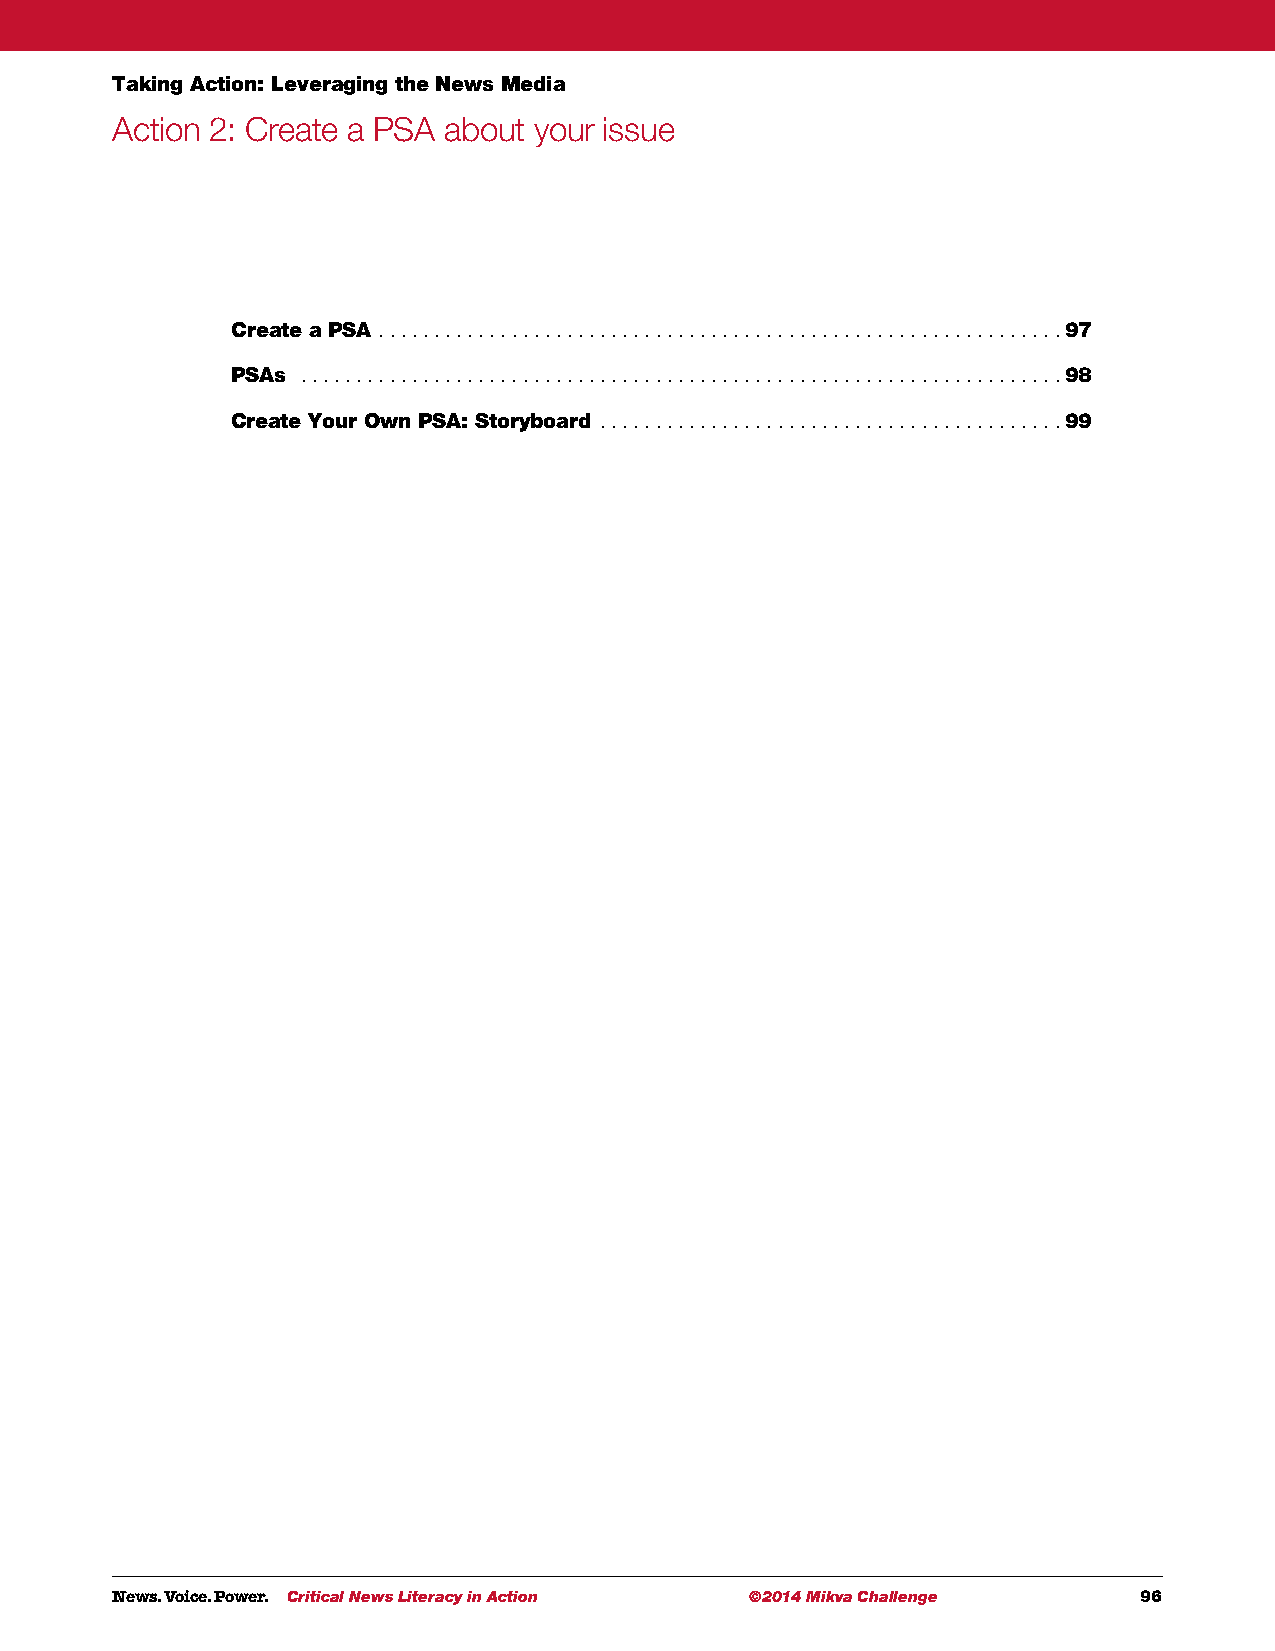
Taking Action: Leveraging the News Media
 Action 2: Create a PSA about your issue
 Create a PSA  . . . . . . . . . . . . . . . . . . . . . . . . . . . . . . . . . . . . . . . . . . . . . . . . . . . . . . . . . . . . . . 97
 PSAs  .  . . . . . . . . . . . . . . . . . . . . . . . . . . . . . . . . . . . . . . . . . . . . . . . . . . . . . . . . . . . . . . . . . . . . 98
 Create Your Own PSA: Storyboard  . . . . . . . . . . . . . . . . . . . . . . . . . . . . . . . . . . . . . . . . . . 99
 News. Voice. Power. Critical News Literacy in Action ©2014 Mikva Challenge 96